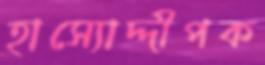
হাস্যোদ্দীপক